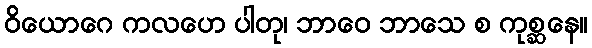
ဝိယောဂေ ကလဟေ ပါတု၊ ဘာဝေ ဘာသေ စ ကုစ္ဆနေ။